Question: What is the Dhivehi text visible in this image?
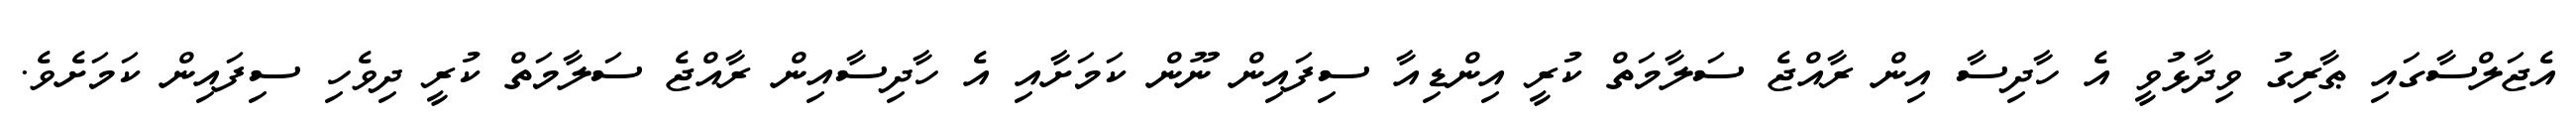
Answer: އެޖަލްސާގައި ޠާރިގު ވިދާޅުވީ އެ ހާދިސާ އިން ރާއްޖެ ސަލާމަތް ކުރީ އިންޑިއާ ސިފައިން ނޫން ކަމަށާއި އެ ހާދިސާއިން ރާއްޖެ ސަލާމަތް ކުރީ ދިވެހި ސިފައިން ކަމަށެވެ.